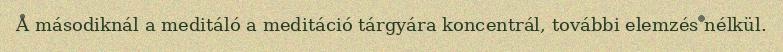
A másodiknál a meditáló a meditáció tárgyára koncentrál, további elemzés nélkül.